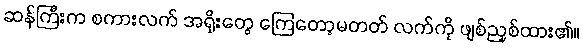
ဆန်ကြီးက စကားလက် အရိုးတွေ ကြေတော့မတတ် လက်ကို ဖျစ်ညှစ်ထား၏။